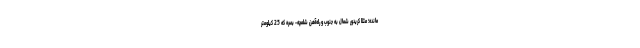
مانده؛ مثلا کریدور شمال به جنوب و راه‌آهن شلمچه- بصره که 25 کیلومتر